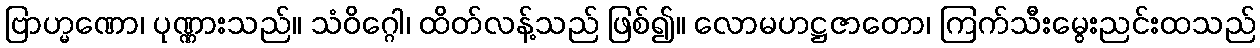
ဗြာဟ္မဏော၊ ပုဏ္ဏားသည်။ သံဝိဂ္ဂေါ၊ ထိတ်လန့်သည် ဖြစ်၍။ လောမဟဋ္ဌဇာတော၊ ကြက်သီးမွေးညင်းထသည်